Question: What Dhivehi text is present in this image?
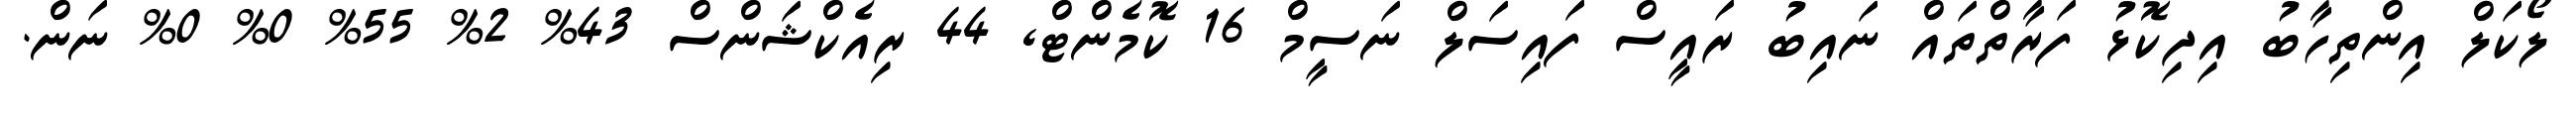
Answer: ލޯކަލް އިންތިހާބު އިދިކޮޅު ފަރާތްތައް ނައިބު ރައީސް ފައިސަލް ނަސީމް 16 ކޮމެންޓް, 44 ރިއެކްޝަންސް 43% 2% 55% 0% 0% ނަން.